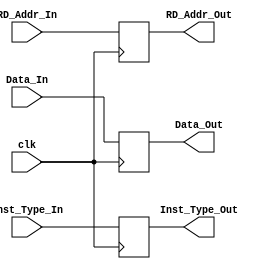
`timescale 1ns / 1ps
//////////////////////////////////////////////////////////////////////////////////
// Company: 
// Engineer: 
// 
// Design Name: 
// Module Name: MA_RW_reg
// Project Name: 
// Target Devices: 
// Tool Versions: 
// Description: 
// 
// Dependencies: 
// 
// Revision:
// Revision 0.01 - File Created
// Additional Comments:
// 
//////////////////////////////////////////////////////////////////////////////////


module MA_RW_reg(
                input clk,
                input[31:0] Data_In,
                input[4:0] Inst_Type_In,
                input[4:0] RD_Addr_In,
                output reg[31:0] Data_Out,
                output reg[4:0] Inst_Type_Out,
                output reg[4:0] RD_Addr_Out
                );

    initial
    begin
        Data_Out <= 32'dx;
        Inst_Type_Out <= 5'dx;
        RD_Addr_Out <= 5'dx;
    end
    
    always@(posedge clk)
    begin
        Data_Out <= Data_In;
        Inst_Type_Out <= Inst_Type_In;
        RD_Addr_Out <= RD_Addr_In;
    end
    
endmodule